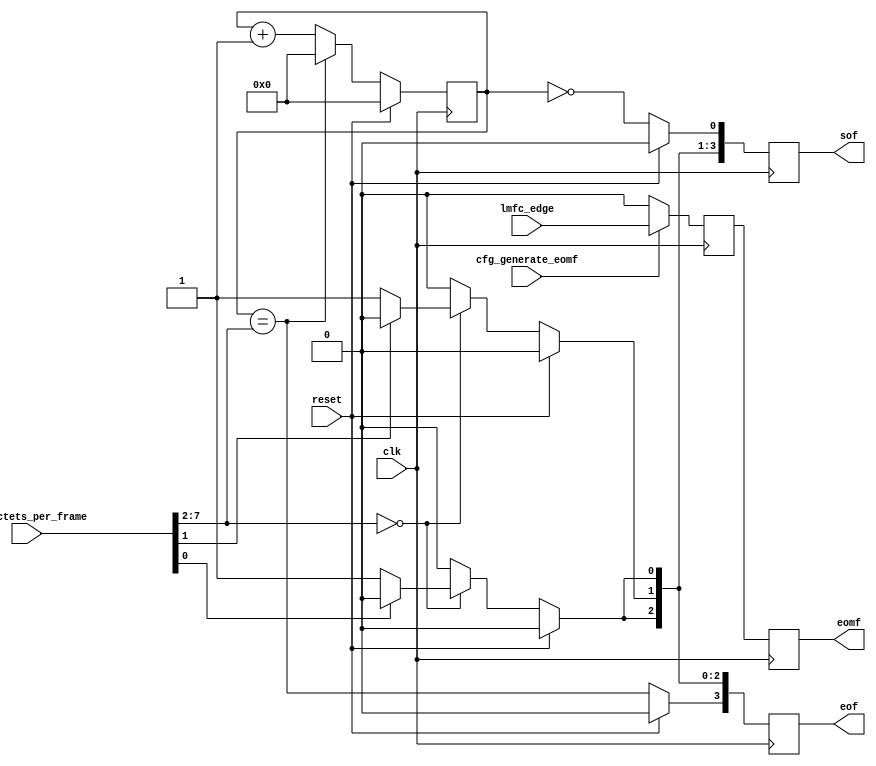
//
// The ADI JESD204 Core is released under the following license, which is
// different than all other HDL cores in this repository.
//
// Please read this, and understand the freedoms and responsibilities you have
// by using this source code/core.
//
// The JESD204 HDL, is copyright  2016-2017 Analog Devices Inc.
//
// This core is free software, you can use run, copy, study, change, ask
// questions about and improve this core. Distribution of source, or resulting
// binaries (including those inside an FPGA or ASIC) require you to release the
// source of the entire project (excluding the system libraries provide by the
// tools/compiler/FPGA vendor). These are the terms of the GNU General Public
// License version 2 as published by the Free Software Foundation.
//
// This core  is distributed in the hope that it will be useful, but WITHOUT ANY
// WARRANTY; without even the implied warranty of MERCHANTABILITY or FITNESS FOR
// A PARTICULAR PURPOSE. See the GNU General Public License for more details.
//
// You should have received a copy of the GNU General Public License version 2
// along with this source code, and binary.  If not, see
// <http://www.gnu.org/licenses/>.
//
// Commercial licenses (with commercial support) of this JESD204 core are also
// available under terms different than the General Public License. (e.g. they
// do not require you to accompany any image (FPGA or ASIC) using the JESD204
// core with any corresponding source code.) For these alternate terms you must
// purchase a license from Analog Devices Technology Licensing Office. Users
// interested in such a license should contact jesd204-licensing@analog.com for
// more information. This commercial license is sub-licensable (if you purchase
// chips from Analog Devices, incorporate them into your PCB level product, and
// purchase a JESD204 license, end users of your product will also have a
// license to use this core in a commercial setting without releasing their
// source code).
//
// In addition, we kindly ask you to acknowledge ADI in any program, application
// or publication in which you use this JESD204 HDL core. (You are not required
// to do so; it is up to your common sense to decide whether you want to comply
// with this request or not.) For general publications, we suggest referencing :
// The design and implementation of the JESD204 HDL Core used in this project
// is copyright  2016-2017, Analog Devices, Inc.
//

`timescale 1ns/100ps

module jesd204_eof_generator #(
  parameter DATA_PATH_WIDTH = 4,
  parameter MAX_OCTETS_PER_FRAME = 256
) (
  input clk,
  input reset,

  input lmfc_edge,

  input [7:0] cfg_octets_per_frame,
  input cfg_generate_eomf,

  output reg [DATA_PATH_WIDTH-1:0] sof,
  output reg [DATA_PATH_WIDTH-1:0] eof,
  output reg eomf
);

localparam CW = MAX_OCTETS_PER_FRAME > 128 ? 8 :
  MAX_OCTETS_PER_FRAME > 64 ? 7 :
  MAX_OCTETS_PER_FRAME > 32 ? 6 :
  MAX_OCTETS_PER_FRAME > 16 ? 5 :
  MAX_OCTETS_PER_FRAME > 8 ? 4 :
  MAX_OCTETS_PER_FRAME > 4 ? 3 :
  MAX_OCTETS_PER_FRAME > 2 ? 2 : 1;
localparam DPW_LOG2 = DATA_PATH_WIDTH == 8 ? 3 :
  DATA_PATH_WIDTH == 4 ? 2 : 1;

reg lmfc_edge_d1 = 1'b0;

wire beat_counter_sof;
wire beat_counter_eof;
wire small_octets_per_frame;

always @(posedge clk) begin
  if (cfg_generate_eomf == 1'b1) begin
    lmfc_edge_d1 <= lmfc_edge;
  end else begin
    lmfc_edge_d1 <= 1'b0;
  end
  eomf <= lmfc_edge_d1;
end

generate
if (CW > DPW_LOG2) begin
  reg [CW-DPW_LOG2-1:0] beat_counter = 'h00;
  wire [CW-DPW_LOG2-1:0] cfg_beats_per_frame = cfg_octets_per_frame[CW-1:DPW_LOG2];

  assign beat_counter_sof = beat_counter == 'h00;
  assign beat_counter_eof = beat_counter == cfg_beats_per_frame;
  assign small_octets_per_frame = cfg_beats_per_frame == 'h00;

  always @(posedge clk) begin
    if (reset == 1'b1) begin
      beat_counter <= 'h00;
    end else if (beat_counter_eof == 1'b1) begin
      beat_counter <= 'h00;
    end else begin
      beat_counter <= beat_counter + 1'b1;
    end
  end

end else begin
  assign beat_counter_sof = 1'b1;
  assign beat_counter_eof = 1'b1;
  assign small_octets_per_frame = 1'b1;
end
endgenerate

function [1:0] ffs;
input [2:0] x;
begin
  case (x)
  1: ffs = 0;
  2: ffs = 1;
  3: ffs = 0;
  4: ffs = 2;
  5: ffs = 0;
  6: ffs = 1;
  7: ffs = 0;
  default: ffs = 0;
  endcase
end
endfunction

integer i;

/* Only 1, 2 and multiples of 4 are supported atm */
always @(posedge clk) begin
  if (reset == 1'b1) begin
    sof <= {DATA_PATH_WIDTH{1'b0}};
    eof <= {DATA_PATH_WIDTH{1'b0}};
  end else begin
    sof <= {{DATA_PATH_WIDTH-1{1'b0}},beat_counter_sof};
    eof <= {beat_counter_eof,{DATA_PATH_WIDTH-1{1'b0}}};

    if (small_octets_per_frame == 1'b1) begin
      for (i = 1; i < DATA_PATH_WIDTH; i = i + 1) begin
        if (cfg_octets_per_frame[ffs(i)] != 1'b1) begin
          sof[i] <= 1'b1;
          eof[DATA_PATH_WIDTH-1-i] <= 1'b1;
        end
      end
    end else begin
    end
  end
end

endmodule